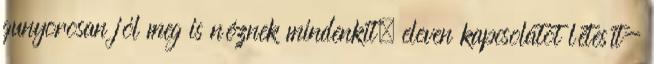
gunyorosan jól meg is néznek mindenkit, eleven kapcsolatot létesít-